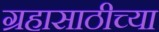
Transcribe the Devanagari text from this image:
ग्रहासाठीच्या